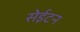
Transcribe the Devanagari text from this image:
सेईटन